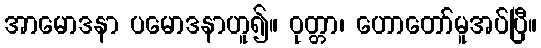
အာမောဒနာ ပမောဒနာဟူ၍။ ဝုတ္တာ၊ ဟောတော်မူအပ်ပြီ။